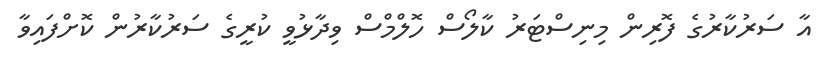
އާ ސަރުކާރުގެ ފޮރިން މިނިސްޓަރު ކާލޯސް ހޮލްމްސް ވިދާޅުވީ ކުރީގެ ސަރުކާރުން ކޮށްފައިވާ